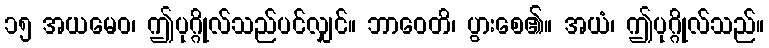
၁၅ အယမေဝ၊ ဤပုဂ္ဂိုလ်သည်ပင်လျှင်။ ဘာဝေတိ၊ ပွားစေ၏။ အယံ၊ ဤပုဂ္ဂိုလ်သည်။